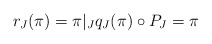
\begin{align*} r_J(\pi)=\pi|_J q_J(\pi)\circ P_J=\pi\end{align*}